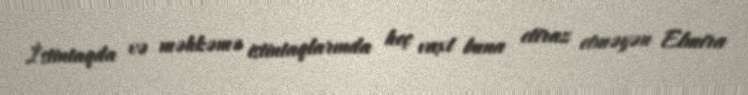
İstintaqda və məhkəmə istintaqlarında heç vaxt buna etiraz etməyən Elmira